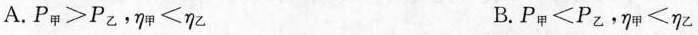
A.$$P_{甲}>P_{乙}$$，$$\eta _{甲}<\eta _{乙}$$ B.$$P_{甲}<P_{乙}$$，$$\eta _{甲}<\eta _{乙}$$